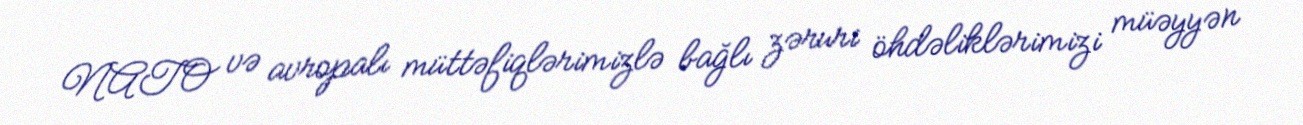
NATO və avropalı müttəfiqlərimizlə bağlı zəruri öhdəliklərimizi müəyyən